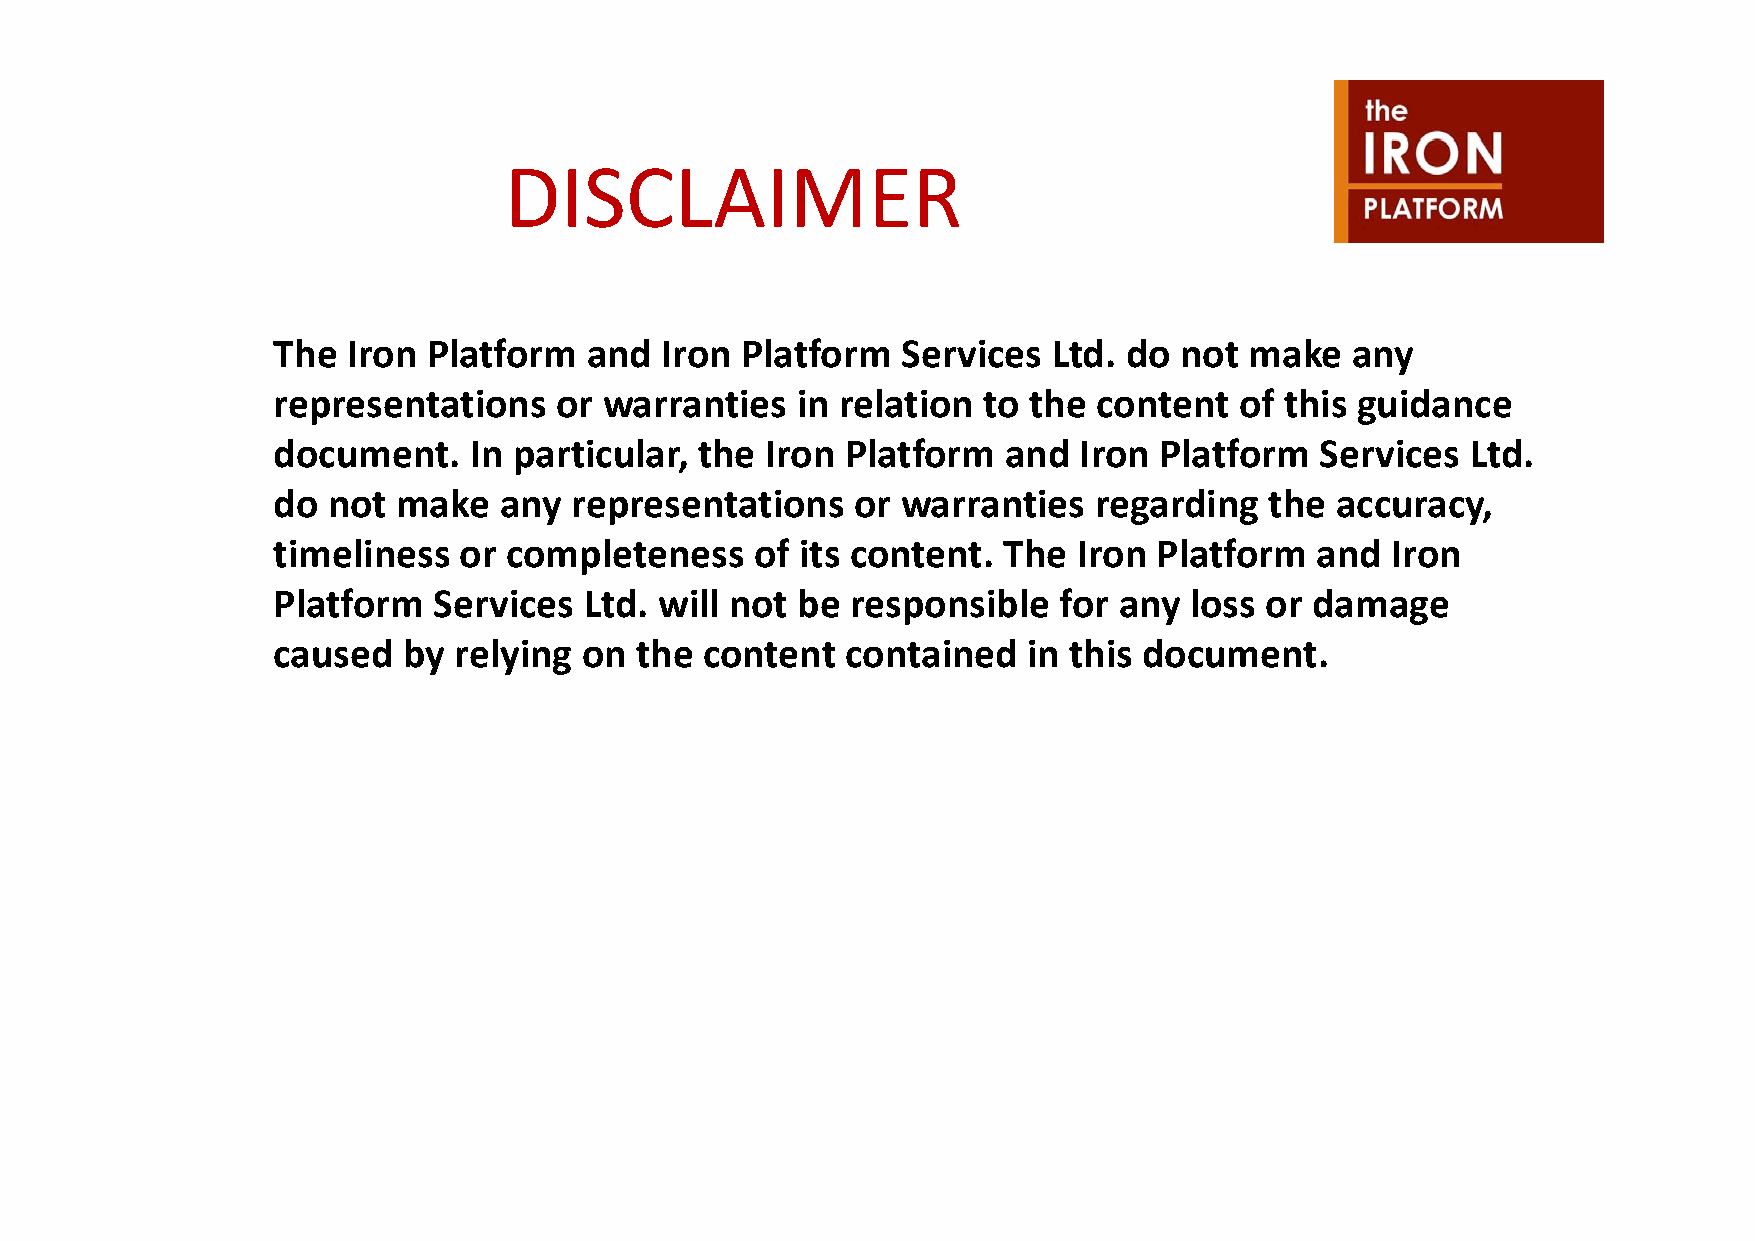
DDIISSCCLLAAIIMMEERR
 Thhe Iron Pllatfform andd Iron Pllatfform Services  Ltdd. ddo not makke any
 representations    or warranties   in relation to the  content  of this guidance
 document.    In particular, the  Iron Platform  and  Iron  Platform  Services  Ltd.
 do  not make   any  representations    or warranties  regarding   the accuracy,
 timeliness  or completeness     of its content. The  Iron  Platform  and  Iron
 Platform   Services  Ltd. will not be respponsible  for anyy loss or damagge
 caused   by relying on  the  content  contained   in this document.